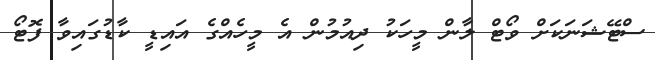
ސްޓޭޝަނަކަށް ވޯޓް ލާން މީހަކު ދިއުމުން އެ މީހެއްގެ އައިޑީ ކާޑުގައިވާ ފޮޓޯ